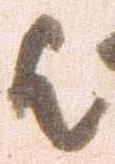
歟